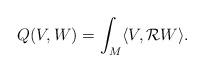
LaTeX: \begin{align*} Q(V,W) = \int_M \langle V, {\mathcal R} W \rangle.\end{align*}